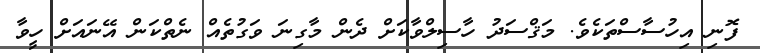
ފޮނި އިހުސާސްތަކެވެ. މަޤްސަދު ހާސިލްވާކަށް ދެން މާގިނަ ވަގުތެއް ނެތްކަން އޭނައަށް ހީވާ